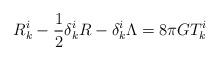
LaTeX: \begin{align*}R^i_k - \frac{1}{2} \delta^i_k R - \delta^i_k \Lambda = 8\pi G T^i_k \end{align*}